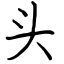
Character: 头